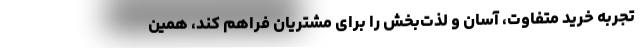
تجربه خرید متفاوت، ‌آسان و لذت­بخش را برای مشتریان فراهم کند،‌ همین